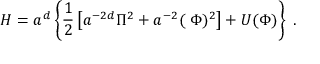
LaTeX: { \cal H } = a ^ { d } \left\{ \frac { 1 } { 2 } \left[ a ^ { - 2 d } \Pi ^ { 2 } + a ^ { - 2 } ( { \bf \nabla } \Phi ) ^ { 2 } \right] + U ( \Phi ) \right\} \; .